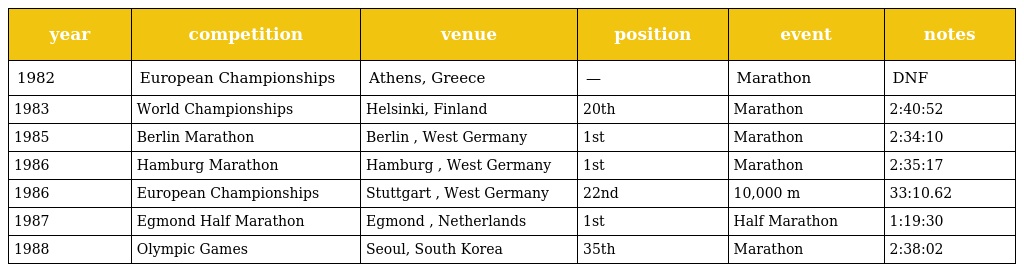
| year | competition | venue | position | event | notes |
 | --- | --- | --- | --- | --- | --- |
 | 1982 | European Championships | Athens, Greece | — | Marathon | DNF |
 | 1983 | World Championships | Helsinki, Finland | 20th | Marathon | 2:40:52 |
 | 1985 | Berlin Marathon | Berlin , West Germany | 1st | Marathon | 2:34:10 |
 | 1986 | Hamburg Marathon | Hamburg , West Germany | 1st | Marathon | 2:35:17 |
 | 1986 | European Championships | Stuttgart , West Germany | 22nd | 10,000 m | 33:10.62 |
 | 1987 | Egmond Half Marathon | Egmond , Netherlands | 1st | Half Marathon | 1:19:30 |
 | 1988 | Olympic Games | Seoul, South Korea | 35th | Marathon | 2:38:02 |